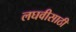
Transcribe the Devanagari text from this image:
लघवीसाठी